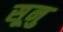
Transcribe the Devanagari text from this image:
सूनु